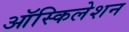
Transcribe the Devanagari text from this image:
ऑस्किलेशन